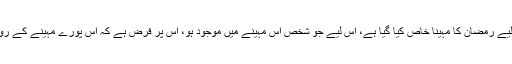
روزوں کے لیے رمضان کا مہینا خاص کیا گیا ہے، اِس لیے جو شخص اِس مہینے میں موجود ہو، اُس پر فرض ہے کہ اِس پورے مہینے کے روزے رکھے۔